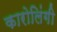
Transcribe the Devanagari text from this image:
कारोलिंगी